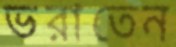
ভরাতেন